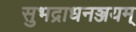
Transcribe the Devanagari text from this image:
सुभद्राधनञ्जयम्